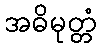
အဓိမုတ္တံ